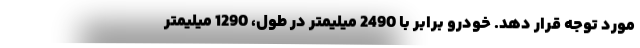
مورد توجه قرار دهد. خودرو برابر با 2490 میلیمتر در طول، 1290 میلیمتر